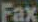
Fax